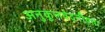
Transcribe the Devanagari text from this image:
अनुकूलवेदनीयता